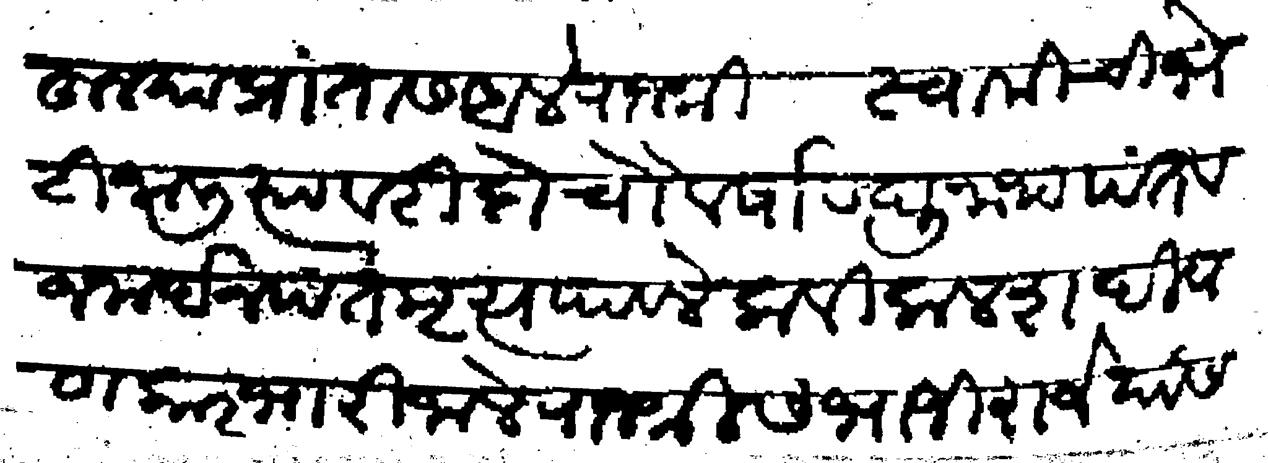
Transliteration (Devanagari): चंजीहून या प्रांतास आले राजश्री स्वामीचे भेटी जाली त्यावरी दो चौ वर्षा रघुनाथपंत व जनार्दनपंत मृत्य पावले कवि कलश दिवाण कारभारी जाले राजश्री संभाजी राजे यांस